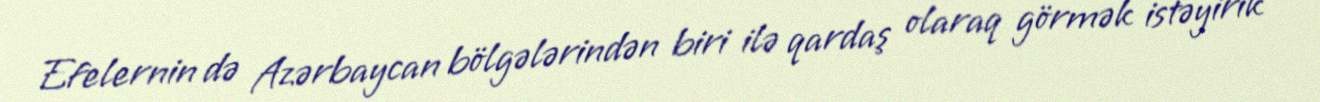
Efelernin də Azərbaycan bölgələrindən biri ilə qardaş olaraq görmək istəyirik